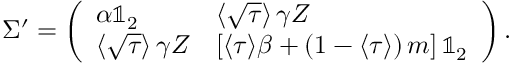
\Sigma ^ { \prime } = \left( \begin{array} { l l } { \alpha \mathbb { 1 } _ { 2 } } & { \left\langle \sqrt { \tau } \right\rangle \gamma Z } \\ { \left\langle \sqrt { \tau } \right\rangle \gamma Z } & { \left[ \langle \tau \rangle \beta + \left( 1 - \langle \tau \rangle \right) m \right] \mathbb { 1 } _ { 2 } } \end{array} \right) .